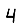
Digit: 4